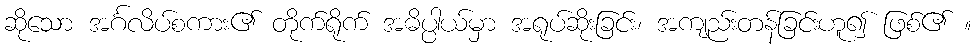
ဆိုသော အင်္ဂလိပ်စကား၏ တိုက်ရိုက် အဓိပ္ပါယ်မှာ အရုပ်ဆိုးခြင်း၊ အကျည်းတန်ခြင်းဟူ၍ ဖြစ်၏ ။